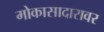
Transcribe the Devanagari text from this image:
मोकासादारावर